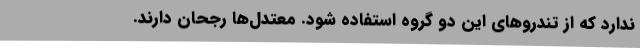
ندارد که از تندروهای این دو گروه استفاده شود. معتدل‌ها رجحان دارند.